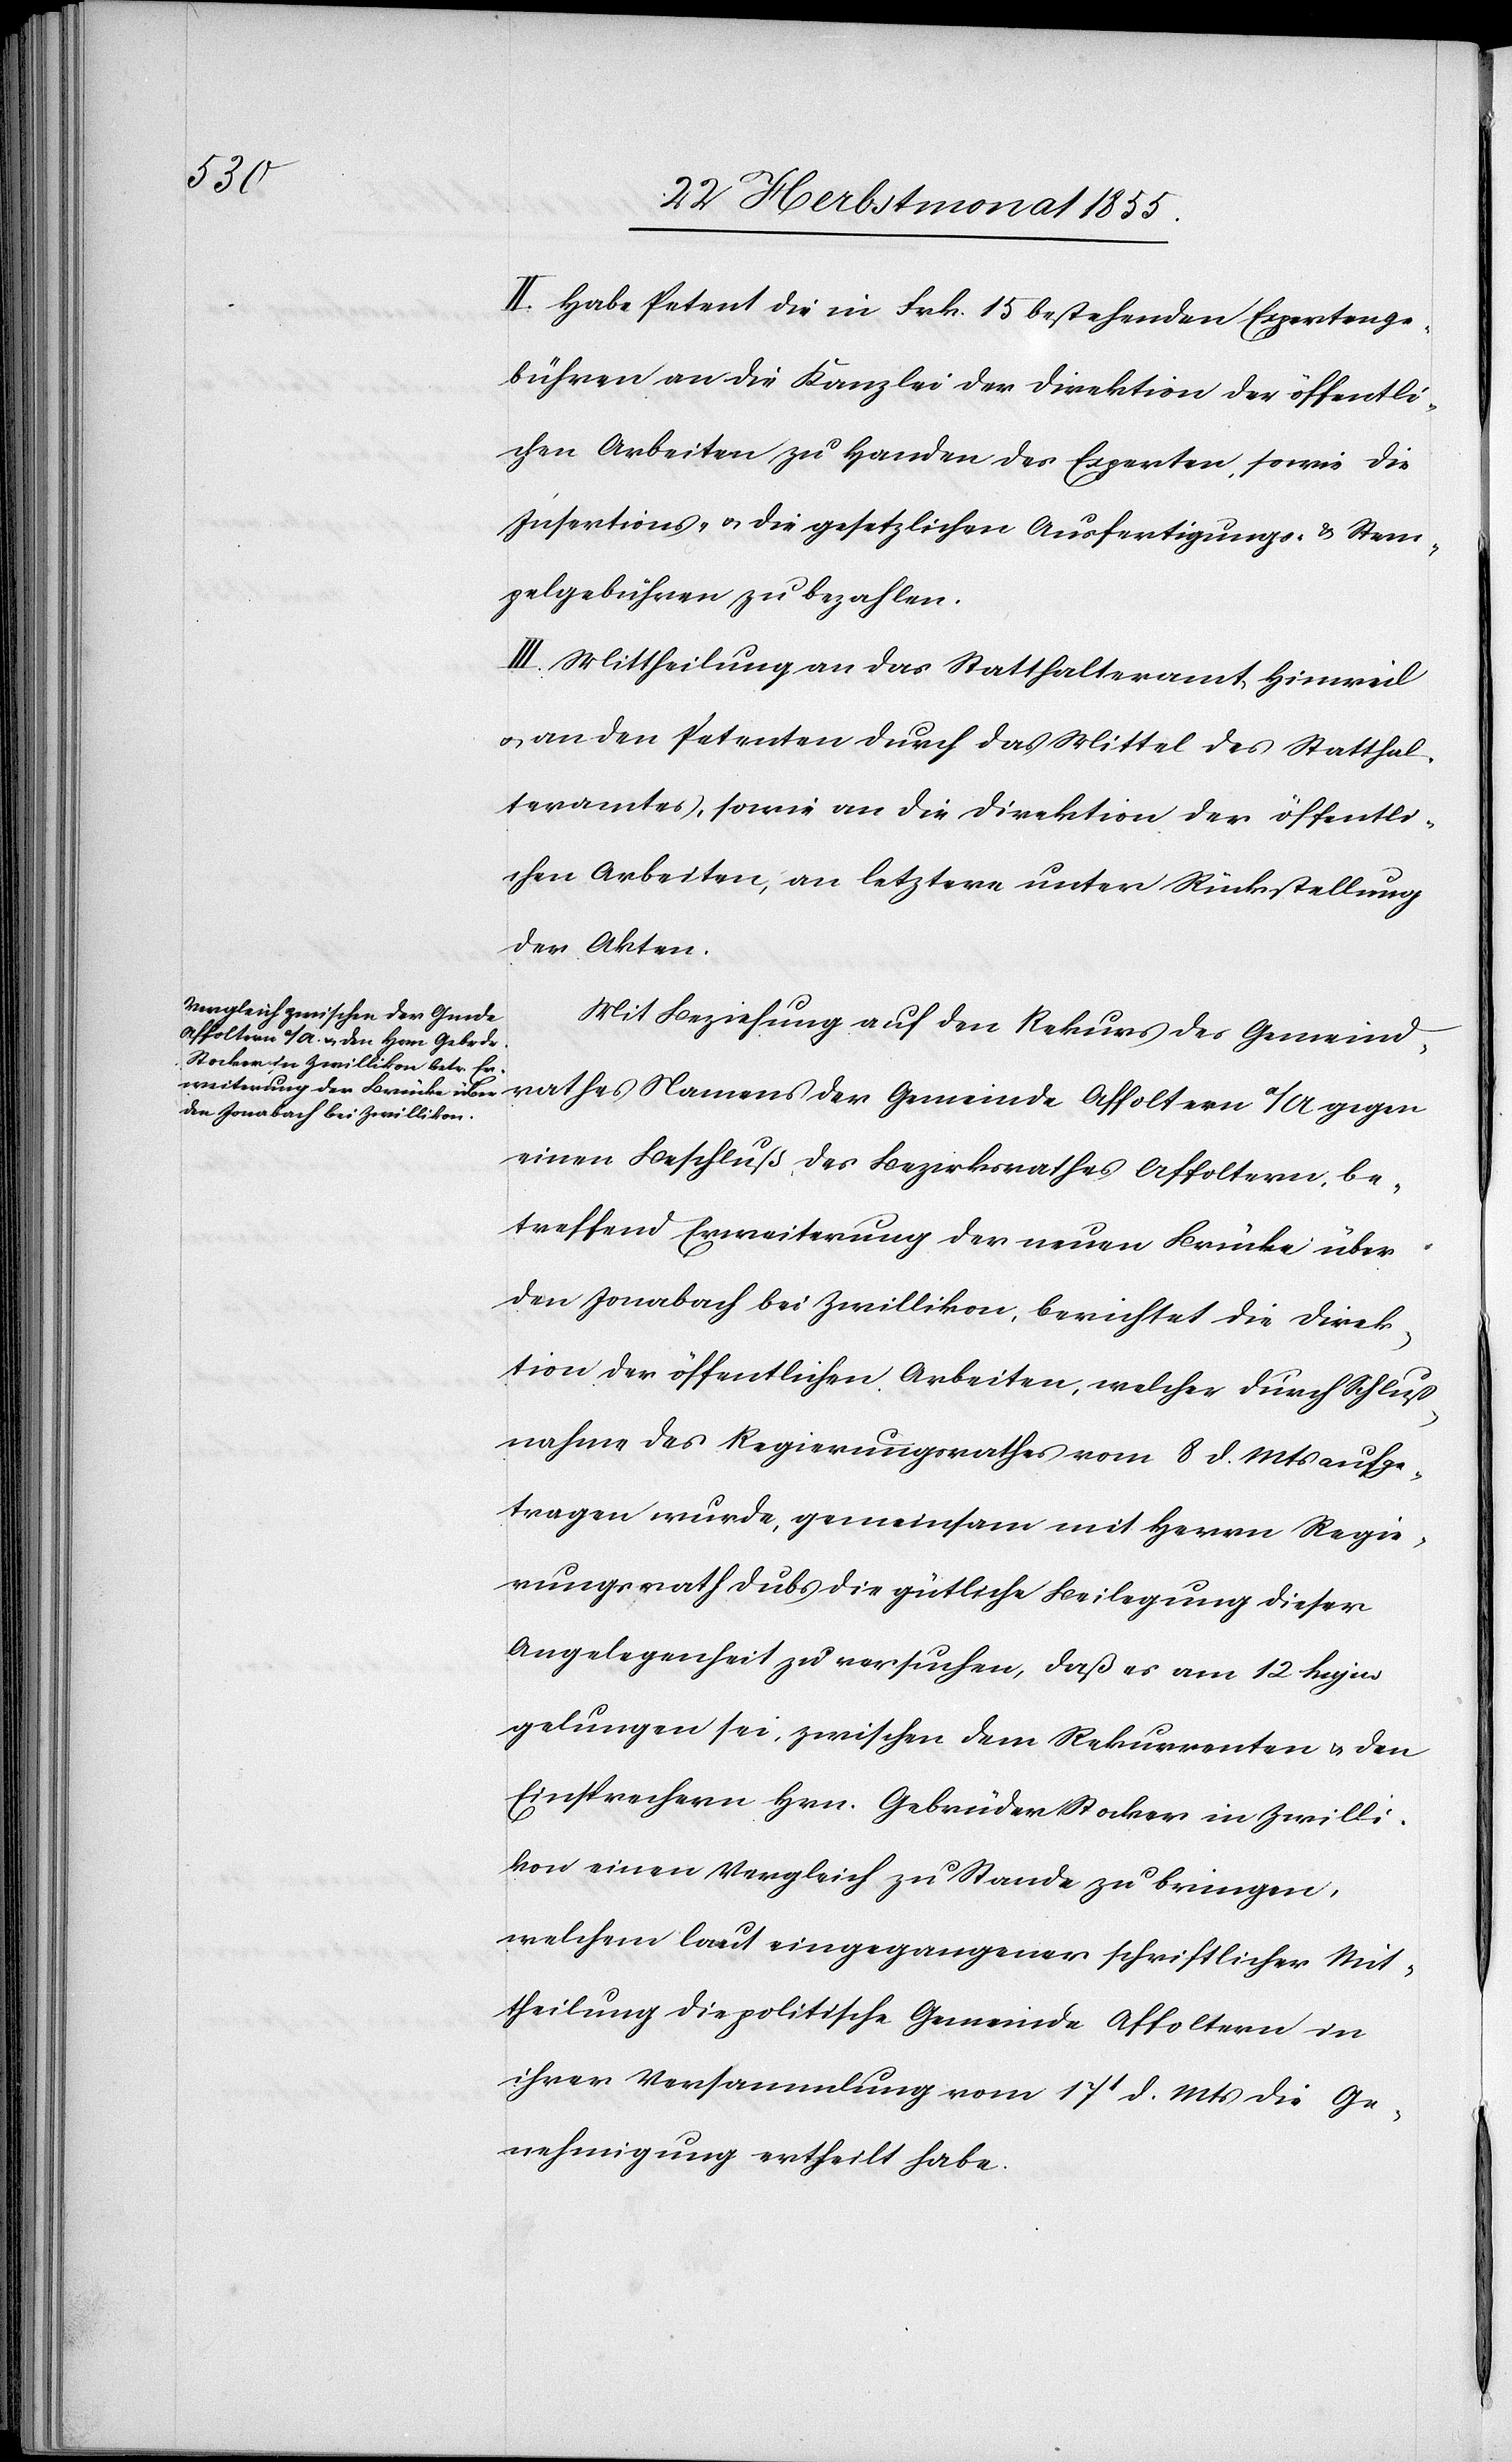
II. Habe Petent die in Frk. 15 bestehenden Expertenge¬
bühren an die Kanzlei der Direktion der öffentli¬
chen Arbeiten zu Handen des Experten, sowie die
Insertions- & die gesetzlichen Ausfertigungs- & Stem¬
pelgebühren zu bezahlen.
III. Mittheilung an das Statthalteramt Hinweil
& an den Petenten durch das Mittel des Statthal¬
teramtes, sowie an die Direktion der öffentli¬
chen Arbeiten, an letztere unter Rückstellung
der Akten.
Mit Beziehung auf den Rekurs des Gemeind¬
rathes Namens der Gemeinde Affoltern a/A. gegen
einen Beschluß des Bezirksrathes Affoltern, be¬
treffend Erweiterung der neuen Brücke über
den Jonabach bei Zwillikon, berichtet die Direk¬
tion der öffentlichen Arbeiten, welcher durch Schluß¬
nahme des Regierungsrathes vom 8 d. Mts aufge¬
tragen wurde, gemeinsam mit Herrn Regie¬
rungsrath Dubs die gütliche Beilegung dieser
Angelegenheit zu versuchen, daß es am 12 hujus
gelungen sei, zwischen dem Rekurrenten & den
Einsprechern Hrn. Gebrüder Stocker in Zwilli¬
kon einen Vergleich zu Stande zu bringen,
welchem laut eingegangener schriftlicher Mit¬
theilung die politische Gemeinde Affoltern in
ihrer Versammlung vom 17t d. Mts die Ge¬
nehmigung ertheilt habe.